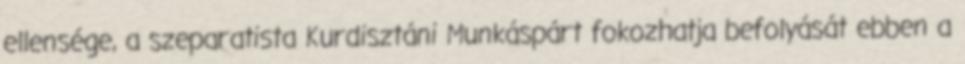
ellensége, a szeparatista Kurdisztáni Munkáspárt fokozhatja befolyását ebben a